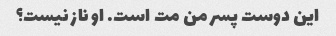
این دوست پسر من مت است. او ناز نیست؟